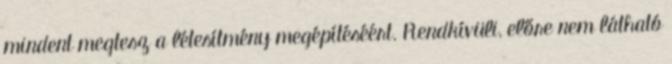
mindent megtesz a létesítmény megépítéséért. Rendkívüli, előre nem látható